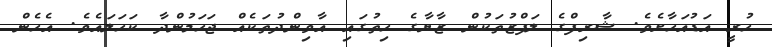
ހުރީ އަޑުއަހާށެވެ. ޝާރިފްގެ ލަފްޒުތަކުން ޒާޔާގެ ހިތުގައި އާވިންދުތަކެއް ޖަހަމުންދާ ކަހަލައެވެ. އެހެން